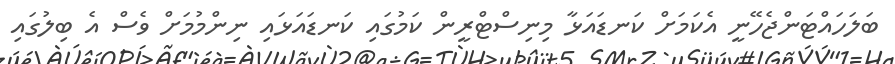
ބަލަހައްޓަންޖެހޭނީ އެކަމަށް ކަނޑައަޅާ މިނިސްޓްރީން ކަމުގައި ކަނޑައަޅައި ނިންމުމަށް ވެސް އެ ބިލުގައި